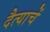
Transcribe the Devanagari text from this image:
दैत्याचें